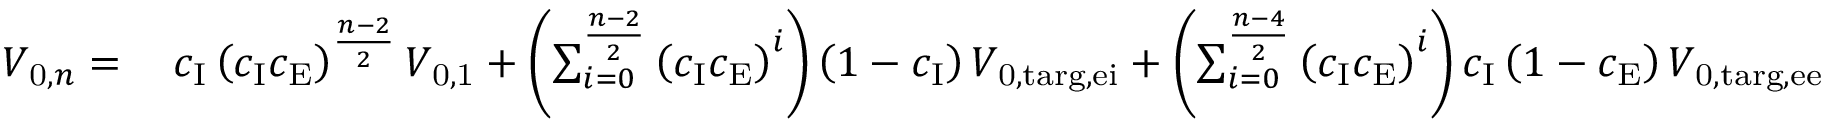
\begin{array} { r l } { V _ { \mathrm { 0 } , n } = \: } & { c _ { \mathrm { I } } \left( c _ { \mathrm { I } } c _ { \mathrm { E } } \right) ^ { \frac { n - 2 } { 2 } } V _ { \mathrm { 0 , 1 } } + \left( \sum _ { i = 0 } ^ { \frac { n - 2 } { 2 } } \left( c _ { \mathrm { I } } c _ { \mathrm { E } } \right) ^ { i } \right) \left( 1 - c _ { \mathrm { I } } \right) V _ { \mathrm { 0 , t a r g , e i } } + \left( \sum _ { i = 0 } ^ { \frac { n - 4 } { 2 } } \left( c _ { \mathrm { I } } c _ { \mathrm { E } } \right) ^ { i } \right) c _ { \mathrm { I } } \left( 1 - c _ { \mathrm { E } } \right) V _ { \mathrm { 0 , t a r g , e e } } } \end{array}